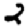
Digit: 2